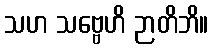
သဟ သဗ္ဗေဟိ ဉာတိဘိ။